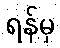
ရန်မှ